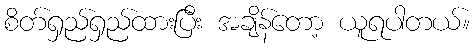
စိတ်ရှည်ရှည်ထားပြီး အချိန်တော့ ယူရပါတယ်။